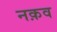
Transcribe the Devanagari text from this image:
नक़व